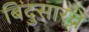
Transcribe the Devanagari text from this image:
बिंदुसारचे